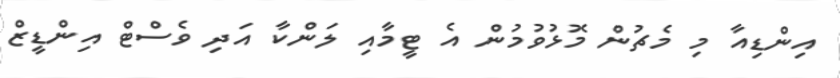
އިންޑިއާ މި މެޗުން މޮޅުވުމުން އެ ޓީމާއި ލަންކާ އަދި ވެސްޓް އިންޑީޒް